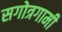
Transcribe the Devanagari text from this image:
सगोत्रगामी